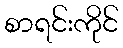
စာရင်းကိုင်